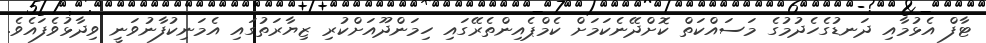
ޓާފް އެޅުމާއި ދަނޑުގެހެދުމުގެ މަސައްކަތް ކޮށްދޭނެކަމަށް ކެމްޕެއިންތެރޭގައި ހިމަންދޫއަށްކުރި ޒިޔާރަތުގައި އެމަނިކުފާނުވަނީ ވިދާޅުވެފައެވެ.